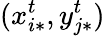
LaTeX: (x_{i*}^{t},y_{j*}^{t})